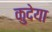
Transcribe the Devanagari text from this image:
कुदेया